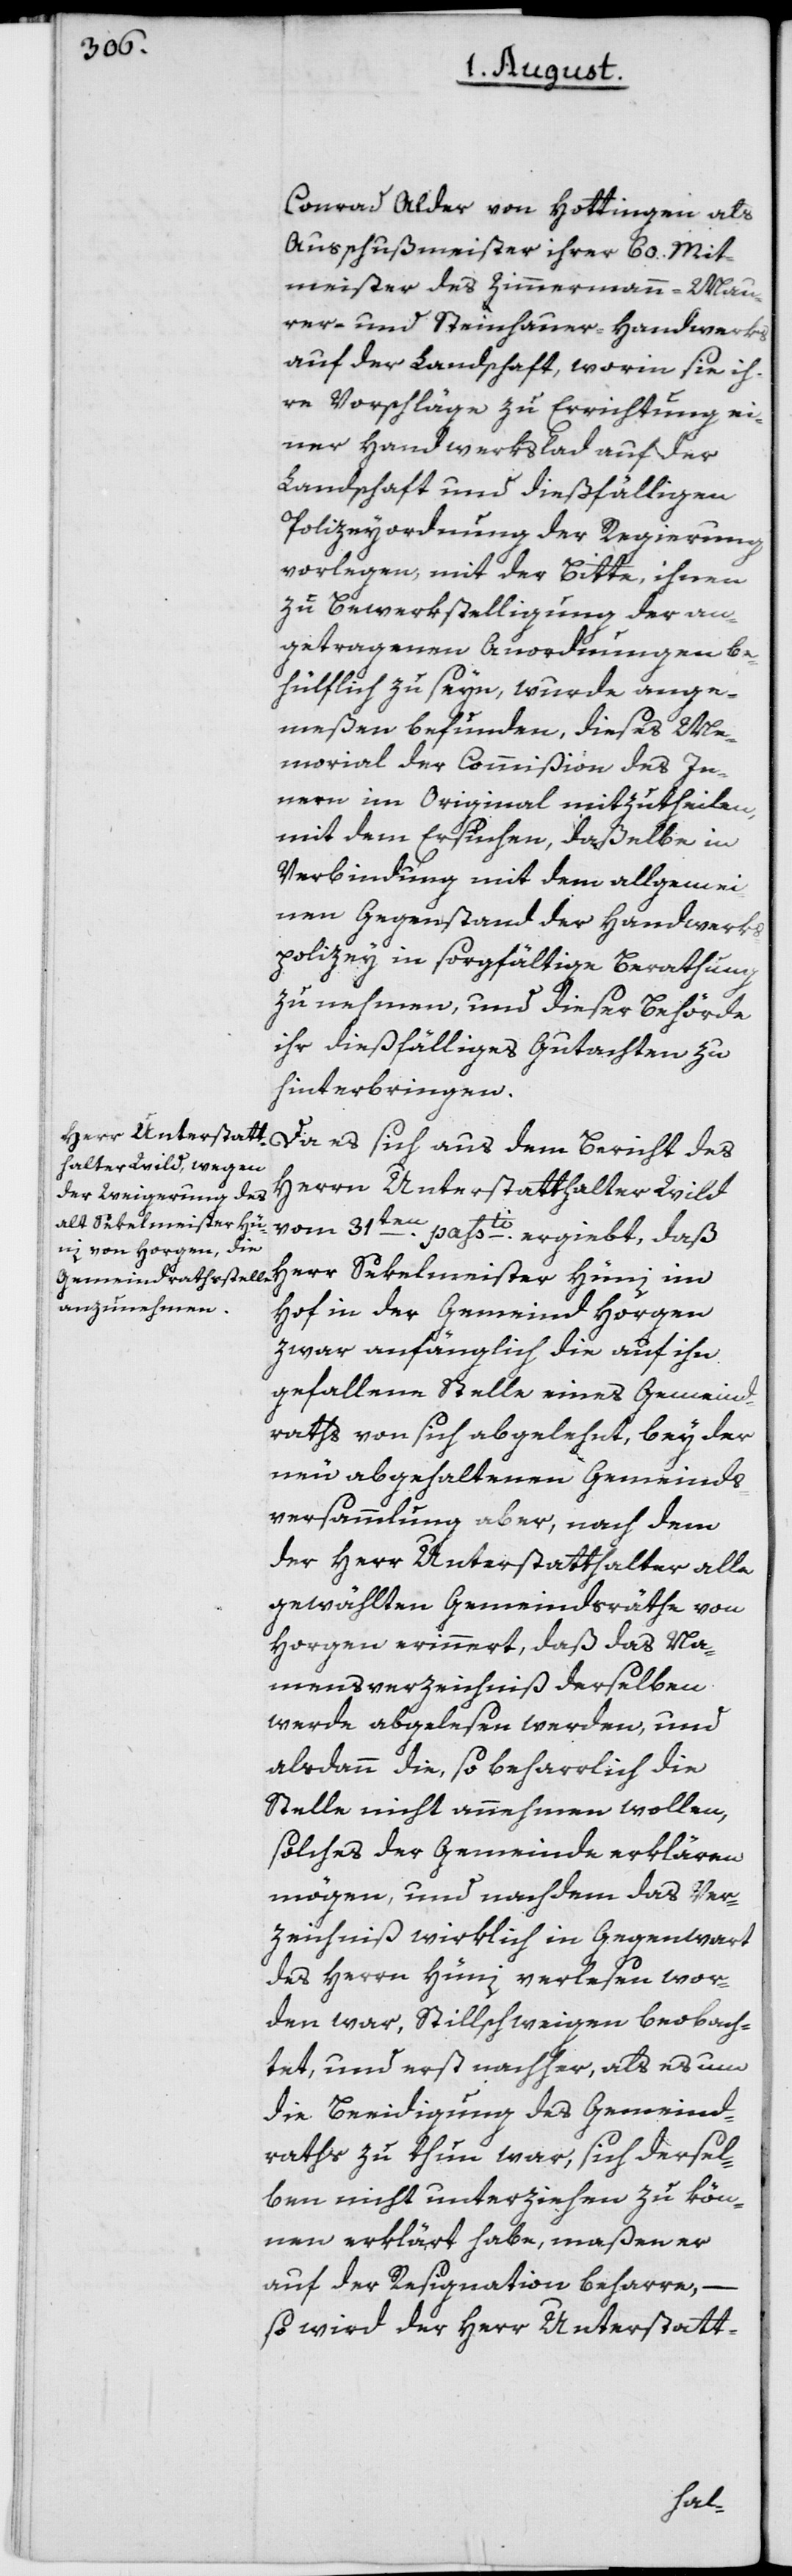
Conrad Alder von Hottingen als
Ausschußmeister ihrer 60. Mit¬
meister des Zimmermann- Mau¬
rer- und Steinhauer-Handwerks
auf der Landschaft, worin sie ih¬
re Vorschläge zu Errichtung ei¬
ner Handwerkslad auf der
Landschaft und dießfälligen
Polizeyordnung der Regierung
vorlegen, mit der Bitte, ihnen
zu Bewerkstelligung der an¬
getragenen Anordnungen be¬
hülflich zu seyn, wurde ange¬
meßen befunden, dieses Me¬
morial der Commißion des In¬
nern im Original mitzutheilen,
mit dem Ersuchen, daßelbe in
Verbindung mit dem allgemei¬
nen Gegenstand der Handwerks¬
polizey in sorgfältige Berathung
zu nehmen, und dieser Behörde
ihr dießfälliges Gutachten zu
hinterbringen.
Da es sich aus dem Bericht des
Herrn Unterstatthalter Wild
vom 31ten passti ergiebt, daß
Herr Sekelmeister Hüni im
Hof in der Gemeind Horgen
zwar anfänglich die auf ihn
gefallene Stelle eines Gemeind¬
raths von sich abgelehnt, bey der
neu abgehaltenen Gemeinds¬
versammlung aber, nach dem
der Herr Unterstatthalter alle
gewählten Gemeindsräthe von
Horgen erinnert, daß das Na¬
mensverzeichniß derselben
werde abgelesen werden, und
alsdann die, so beharrlich die
Stelle nicht annehmen wollen,
solches der Gemeinde erklären
mögen, und nachdem das Ver¬
zeichniß wirklich in Gegenwart
des Herrn Hüni verlesen wor¬
den war, Stillschweigen beobach¬
tet, und erst nachher, als es um
die Beeidigung des Gemeind¬
raths zu thun war, sich dersel¬
ben nicht unterziehen zu kön¬
nen erklärt habe, maßen er
auf der Resignation beharre,
so wird der Herr Unterstatt-